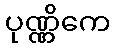
ပုဏ္ဏိကေ